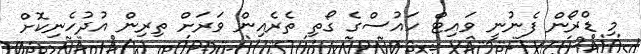
މި ޑްރޯން ފެނުނީ ވައިޓް ހައުސްގެ ގޯތި ތެރެއިން ވަރަށް ތިރިން އުދުހެނިކޮށް